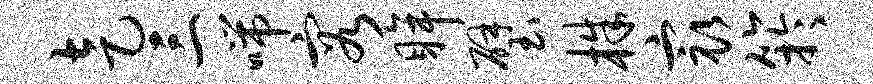
走三喘容眸璧株最竽